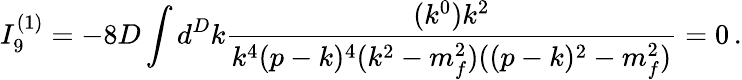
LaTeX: I_{9}^{(1)}=-8D\int d^{D}k\frac{(k^{0})k^{2}}{k^{4}(p-k)^{4}(k^{2}-m_{f}^{2})((p-k)^{2}-m_{f}^{2})}=0\, .